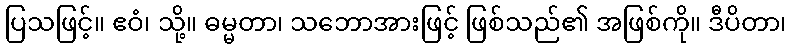
ပြသဖြင့်။ ဧဝံ၊ သို့။ ဓမ္မတာ၊ သဘောအားဖြင့် ဖြစ်သည်၏ အဖြစ်ကို။ ဒီပိတာ၊